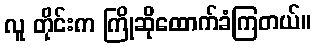
လူ တိုင်းက ကြိုဆိုထောက်ခံကြတယ်။